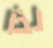
لذا